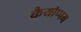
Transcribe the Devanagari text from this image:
कैयोप्पम